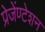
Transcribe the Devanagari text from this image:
प्रेजेंण्टेशन